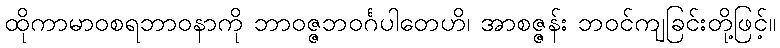
ထိုကာမာဝစရဘာဝနာကို ဘာဝဇ္ဇဘဝင်္ဂပါတေဟိ၊ အာစဇ္ဇန်း ဘဝင်ကျခြင်းတို့ဖြင့်။